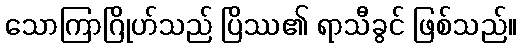
သောကြာဂြိုဟ်သည် ပြိဿ၏ ရာသီခွင် ဖြစ်သည်။